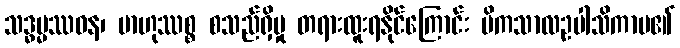
သဒ္ဓမ္မဿဝန၊ ဗာဟုဿစ္စ စသည်ရှိမှု တရားထူးရနိုင်ကြောင်း မိကသာလဥပါသိကာမ၏